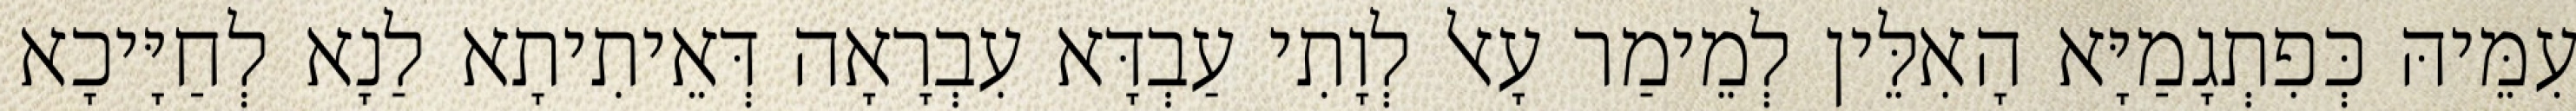
עִמֵּיהּ כְּפִתְגָמַיָּא הָאִלֵּין לְמֵימַר עָאל לְוָתִי עַבְדָּא עִבְרָאָה דְּאֵיתִיתָא לַנָא לְחַיָּיכָא